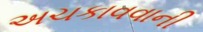
અચકાવવાની